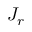
J _ { r }